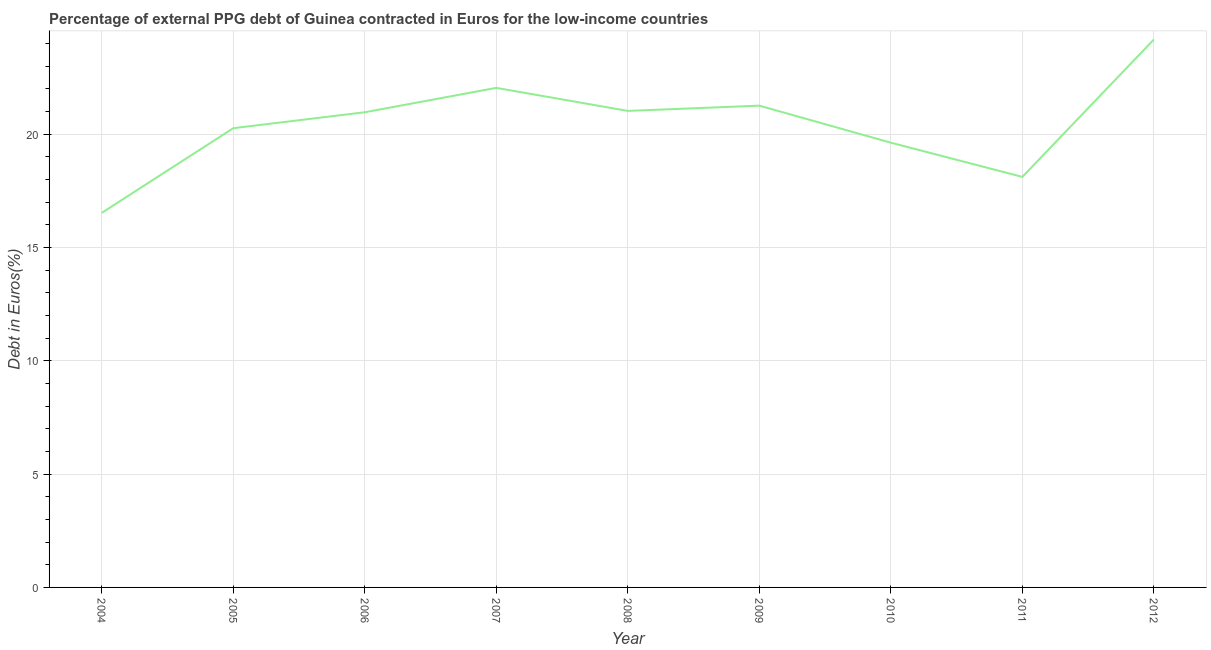
| Year | Currency composition of PPG debt |
 | --- | --- |
 | 2004 | 16.5 |
 | 2005 | 20.3 |
 | 2006 | 21 |
 | 2007 | 22 |
 | 2008 | 21 |
 | 2009 | 21.3 |
 | 2010 | 19.6 |
 | 2011 | 18.1 |
 | 2012 | 24.2 |